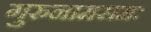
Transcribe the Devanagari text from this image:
गुरुनामसमः